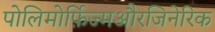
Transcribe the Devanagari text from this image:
पोलिमोर्फ़िज्मऔरजिनेरिक